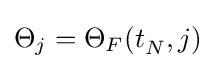
\Theta _{j}=\Theta _{F}(t_{N}^{},j)